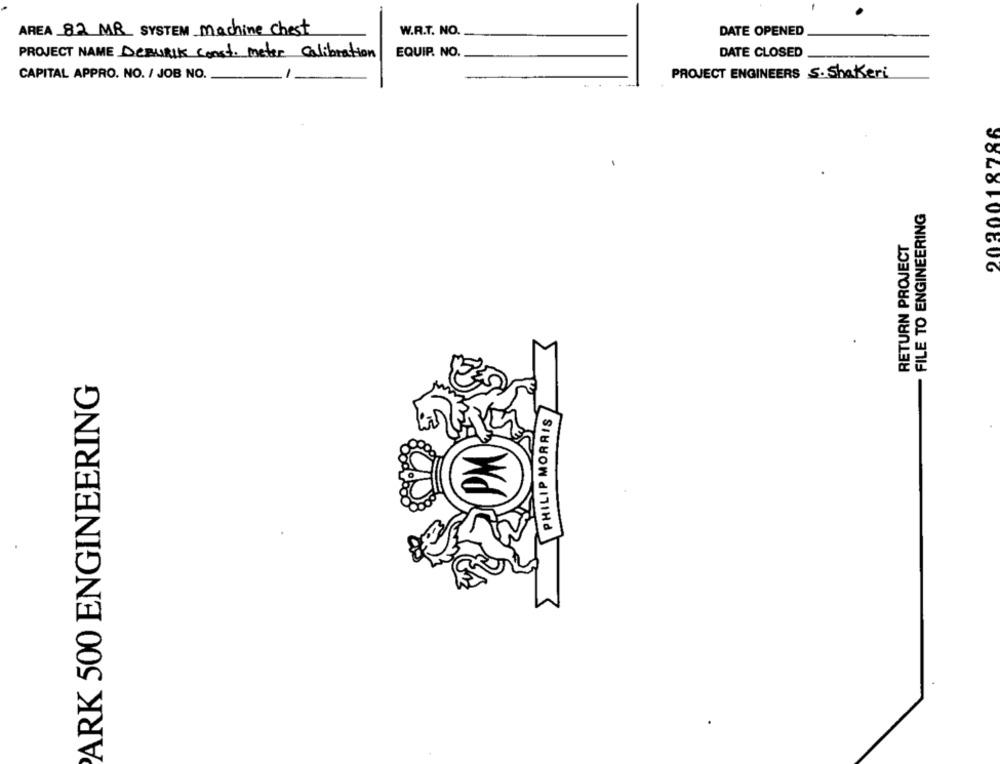
AREA 82 MR SYSTEM machine chest
W.R.T. NO.
DATE OPENED
PROJECT NAME DeBuRIK const. meter Calibration
EQUIP. NO.
DATE CLOSED
CAPITAL APPRO. NO. / JOB NO.
PROJECT ENGINEERS S. Shakeri
.. .
2030018786
FILE TO ENGINEERING
RETURN PROJECT
ARK 500 ENGINEERING
PHILIP MORRIS